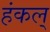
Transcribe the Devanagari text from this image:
हंकल्